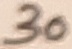
Text: 30